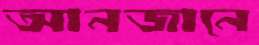
আনজানে